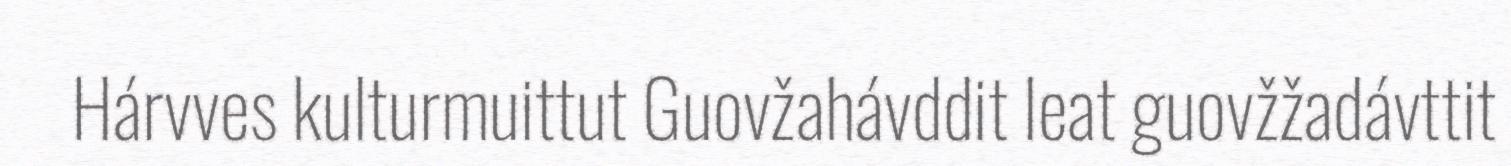
Hárvves kulturmuittut Guovžahávddit leat guovžžadávttit